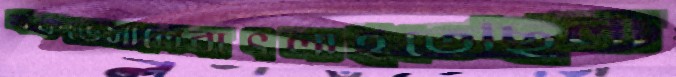
খকভেসালেবাৎলাইতেছিলা